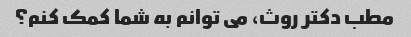
مطب دکتر روث، می توانم به شما کمک کنم؟